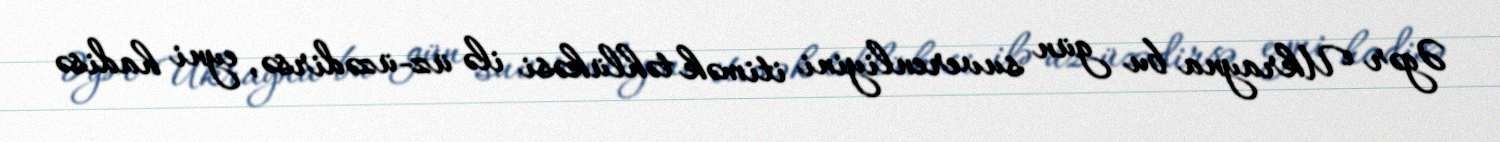
Əgər Ukrayna bu gün suverenliyini itimək təhlükəsi ilə üz-üzədirsə, eyni hadisə